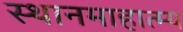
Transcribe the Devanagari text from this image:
स्थानमाहात्म्य